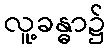
လူ့ခန္ဓာ၌